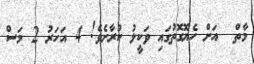
މާތް  އަށް ހެޔޮގޮތުގައި ވަކީލު ކުރާށެވެ! 4 އަހަރު 2 މަސް